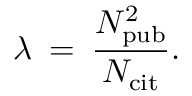
\lambda \: = \: \frac { N _ { \mathrm { p u b } } ^ { 2 } } { N _ { \mathrm { c i t } } } .